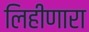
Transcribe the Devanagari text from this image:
लिहीणारा